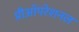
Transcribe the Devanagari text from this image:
प्रीऑपरेशनल